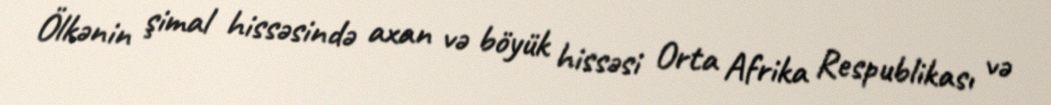
Ölkənin şimal hissəsində axan və böyük hissəsi Orta Afrika Respublikası və